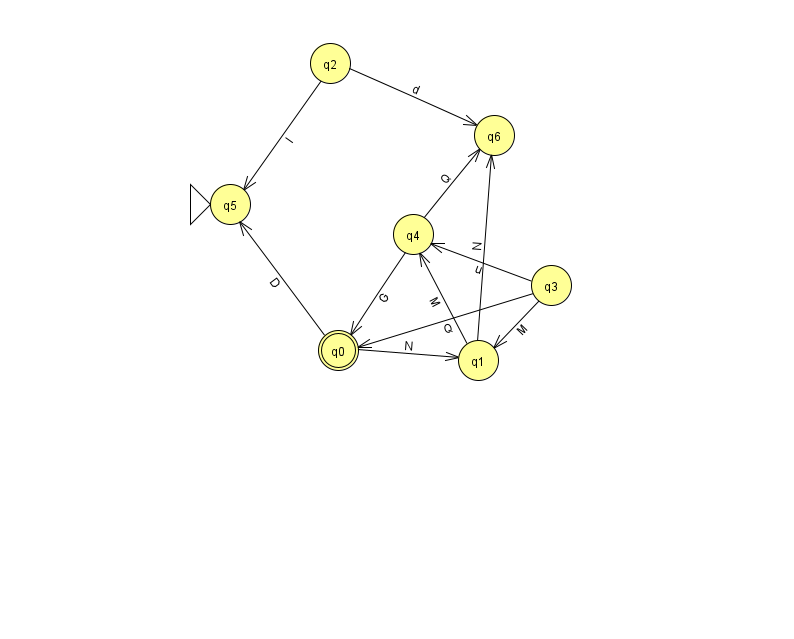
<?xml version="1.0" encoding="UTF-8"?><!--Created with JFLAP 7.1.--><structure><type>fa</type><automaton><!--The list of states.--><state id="0" name="q0"><x>338.0</x><y>337.0</y><final/></state><state id="1" name="q1"><x>478.0</x><y>347.0</y></state><state id="2" name="q2"><x>330.0</x><y>50.0</y></state><state id="3" name="q3"><x>551.0</x><y>272.0</y></state><state id="4" name="q4"><x>413.0</x><y>221.0</y></state><state id="5" name="q5"><x>230.0</x><y>191.0</y><initial/></state><state id="6" name="q6"><x>494.0</x><y>122.0</y></state><!--The list of transitions.--><transition><from>1</from><to>6</to><read>N</read></transition><transition><from>0</from><to>5</to><read>D</read></transition><transition><from>2</from><to>6</to><read>d</read></transition><transition><from>1</from><to>4</to><read>M</read></transition><transition><from>3</from><to>1</to><read>M</read></transition><transition><from>3</from><to>4</to><read>u</read></transition><transition><from>2</from><to>5</to><read>l</read></transition><transition><from>4</from><to>6</to><read>Q</read></transition><transition><from>4</from><to>0</to><read>G</read></transition><transition><from>0</from><to>1</to><read>N</read></transition><transition><from>3</from><to>0</to><read>Q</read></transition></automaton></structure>